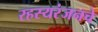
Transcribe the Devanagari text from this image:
रहस्यरंजनचे